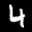
Label: 4